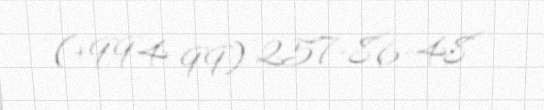
(+994 99) 257-86-48